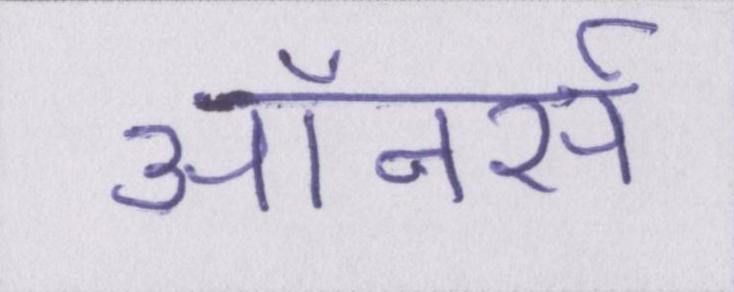
ऑनर्स